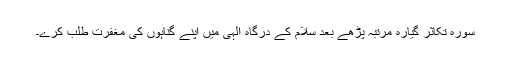
سورہ تکاثر گیارہ مرتبہ پڑھے بعد سلام کے درگاہ الٰہی میں اپنے گناہوں کی مغفرت طلب کرے۔